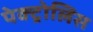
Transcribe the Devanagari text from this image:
पेक्ट्रोलिस